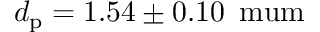
d _ { \mathrm { p } } = 1 . 5 4 \pm 0 . 1 0 \, \mathrm { { \ m u m } }